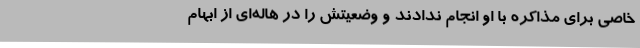
خاصی برای مذاکره با او انجام ندادند و وضعیتش را در هاله‌ای از ابهام